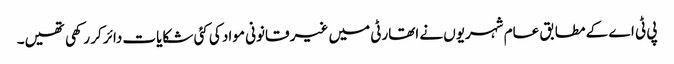
پی ٹی اے کے مطابق عام شہریوں نے اتھارٹی میں غیر قانونی مواد کی کئی شکایات دائر کر رکھی تھیں۔